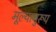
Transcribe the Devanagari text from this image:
मूल्यानुरूप